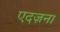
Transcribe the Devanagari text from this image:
एदज़ना